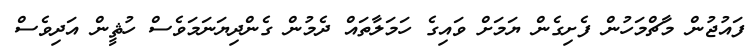
ފައުޖުން މާޗްމަހުން ފެށިގެން ޔަމަށް ވައިގެ ހަމަލާތައް ދެމުން ގެންދިޔަނަމަވެސް ހުޘީން އަދިވެސް